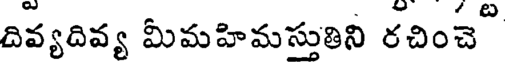
దివ్యదివ్య మీమహిమస్తుతిని రచించె